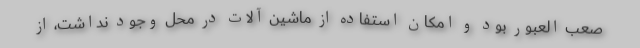
صعب العبور بود و امکان استفاده از ماشین ‌آلات در محل وجود نداشت، از